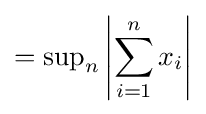
=\sup \nolimits _{n}\left|\sum _{i=1}^{n}x_{i}\right|